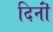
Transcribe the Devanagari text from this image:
दिनॊं